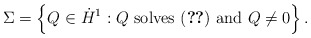
\begin{align*}\Sigma = \left \{ Q \in \dot H^1 : Q \mbox{ solves \eqref{sec24} and } Q \neq 0 \right \}.\end{align*}